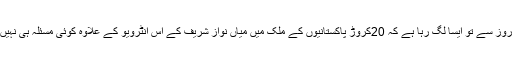
چند روز سے تو ایسا لگ رہا ہے کہ 20کروڑ پاکستانیوں کے ملک میں میاں نواز شریف کے اس انٹرویو کے علاوہ کوئی مسئلہ ہی نہیں ہے۔